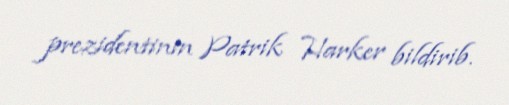
prezidentinin Patrik Harker bildirib.